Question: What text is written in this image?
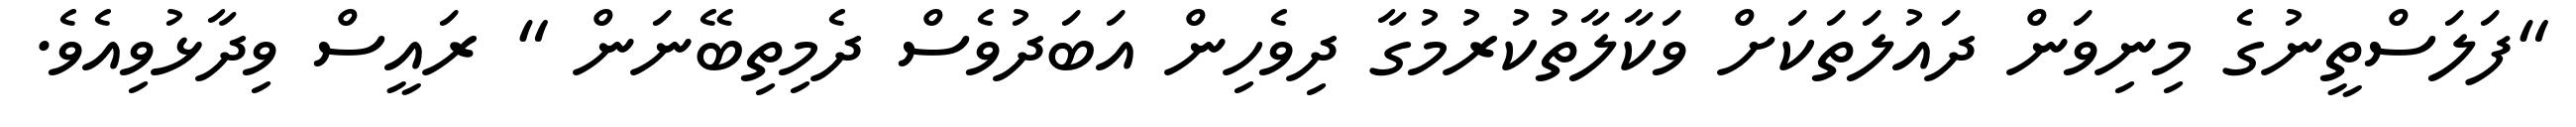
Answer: "ފަލަސްތީނުގެ މިނިވަން ދައުލަތަކަށް ވަކާލާތުކުރުމުގާ ދިވެހިން އަބަދުވެސް ދެމިތިބޭނަން " ރައީސް ވިދާޅުވިއެވެ.